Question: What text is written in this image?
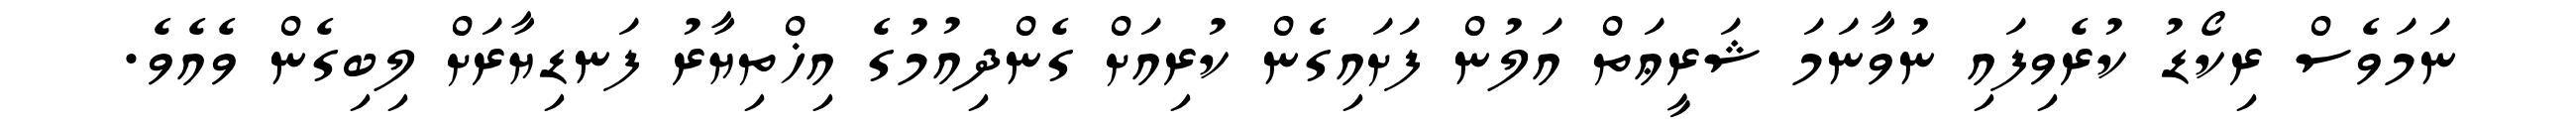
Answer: ނަމަވެސް ރިކޯޑު ކުރެވިފައި ނުވާނަމަ ޝަރީޢަތް އަލުން ފަށައިގެން ކުރިއަށް ގެންދިއުމުގެ އިޚްތިޔާރު ފަނޑިޔާރަށް ލިބިގެން ވެއެވެ.